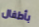
بأطفال